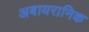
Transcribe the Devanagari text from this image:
अबायरानिक